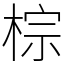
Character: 棕